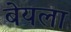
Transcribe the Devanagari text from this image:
बेयला